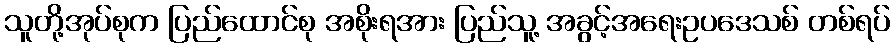
သူတို့အုပ်စုက ပြည်ထောင်စု အစိုးရအား ပြည်သူ့ အခွင့်အရေးဥပဒေသစ် တစ်ရပ်